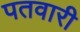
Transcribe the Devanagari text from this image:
पतवारी